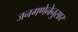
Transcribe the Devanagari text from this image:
जनगणेनेनुसार